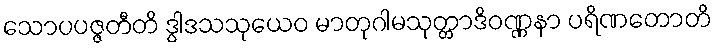
သောပပဇ္ဇတီတိ ဒွါဒသသုယေဝ မာတုဂါမသုတ္တာဒိဝဏ္ဏနာ ပရိဏတောတိ